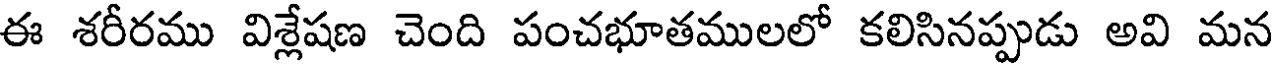
ఈ శరీరము విశ్లేషణ చెంది పంచభూతములలో కలిసినప్పుడు అవి మన